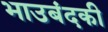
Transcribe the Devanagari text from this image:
भाउबंदकी